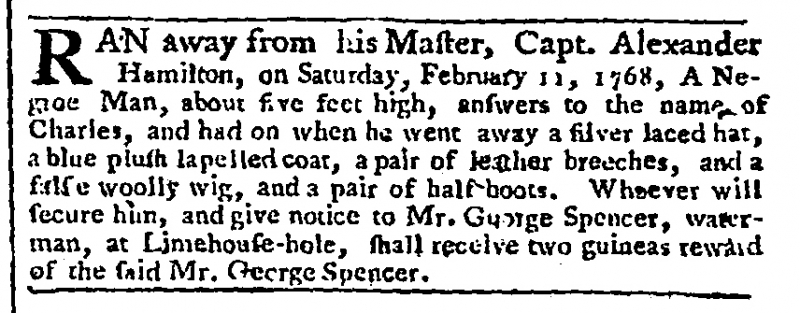
Gazetteer and New Daily Advertiser, 29 February 1768 (England)
RAN away from his Master, Capt. Alexander Hamilton, on Saturday, February 11, 1768, A Negroe Man, about five feet high, answers to the name of Charles, and had on when he went away a silver laced hat, a blue plush lapelled coat, a pair of leather breeches, and a false woolly wig, and a pair of half-boots. Whoever will secure him, and give notice to Mr. George Spencer, waterman, at Limehouse-hole, shall receive two guineas reward of the said Mr. George Spencer.